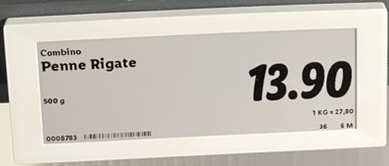
Vara: Penne Rigate
Genomsnittspris: 27.8 per kg